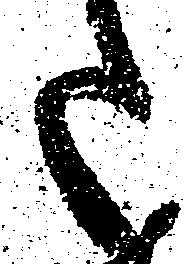
た